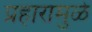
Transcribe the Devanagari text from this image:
प्रहारामुळे